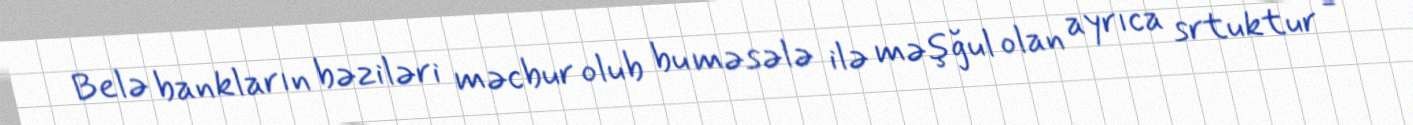
Belə bankların bəziləri məcbur olub bu məsələ ilə məşğul olan ayrıca srtuktur -